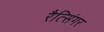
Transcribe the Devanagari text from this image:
रैत्सिंगर